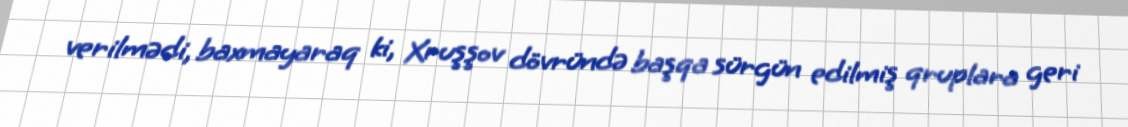
verilmədi, baxmayaraq ki, Xruşşov dövründə başqa sürgün edilmiş qruplara geri